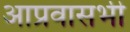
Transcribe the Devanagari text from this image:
आप्रवासभी